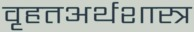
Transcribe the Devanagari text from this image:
वृहतअर्थशास्त्र